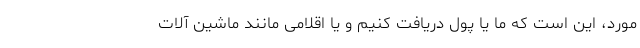
مورد، این است که ما یا پول دریافت کنیم و یا اقلامی مانند ماشین آلات